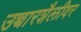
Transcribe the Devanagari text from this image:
उच्चारशैलीवर